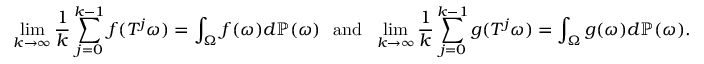
\operatorname* { l i m } _ { k \to \infty } \frac { 1 } { k } \sum _ { j = 0 } ^ { k - 1 } f ( T ^ { j } \omega ) = \int _ { \Omega } f ( \omega ) d \mathbb P ( \omega ) \ \mathrm { ~ a n d ~ } \ \operatorname* { l i m } _ { k \to \infty } \frac { 1 } { k } \sum _ { j = 0 } ^ { k - 1 } g ( T ^ { j } \omega ) = \int _ { \Omega } g ( \omega ) d \mathbb P ( \omega ) .